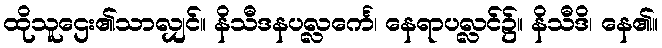
ထိုသူဌေး၏သာလျှင်။ နိသီဒနပလ္လင်္ကေ၊ နေရာပလ္လင်၌။ နိသီဒိ၊ နေ၏။